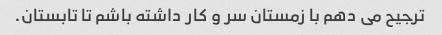
ترجیح می دهم با زمستان سر و کار داشته باشم تا تابستان.